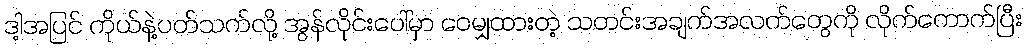
ဒါ့အပြင် ကိုယ်နဲ့ပတ်သက်လို့ အွန်လိုင်းပေါ်မှာ ဝေမျှထားတဲ့ သတင်းအချက်အလက်တွေကို လိုက်ကောက်ပြီး